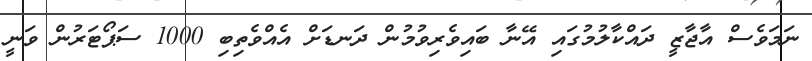
ނަމަވެސް އާޖާޒީ ދައްކާލުމުގައި އޭނާ ބައިވެރިވުމުން ދަނޑަށް އެއްވެތިބި 1000 ސަޕޯޓަރުން ވަނީ